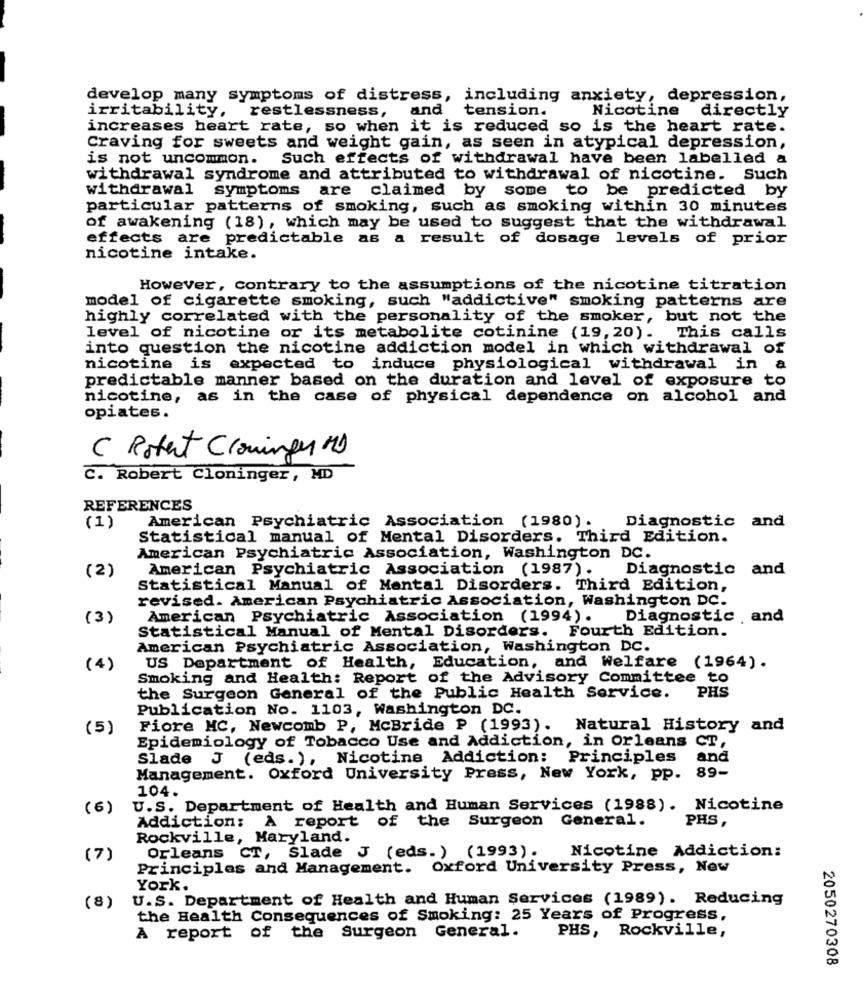
develop many symptoms of distress, including anxiety, depression,
Nicotine directly
irritability, restlessness, and tension.
increases heart rate, so when it is reduced so is the heart rate.
Craving for sweets and weight gain, as seen in atypical depression,
is not uncommon. Such effects of withdrawal have been labelled a
withdrawal syndrome and attributed to withdrawal of nicotine. Such
withdrawal symptoms are claimed by some to be predicted by
particular patterns of smoking, such as smoking within 30 minutes
of awakening (18) , which may be used to suggest that the withdrawal
effects are predictable as a result of dosage levels of prior
nicotine intake.
However, contrary to the assumptions of the nicotine titration
model of cigarette smoking, such "addictive" smoking patterns are
highly correlated with the personality of the smoker, but not the
level of nicotine or its metabolite cotinine (19, 20). This calls
into question the nicotine addiction model in which withdrawal of
nicotine is
expected to induce physiological withdrawal in a
predictable manner based on the duration and level of exposure to
nicotine, as in the case of physical dependence on alcohol and
opiates.
C Robert Clouingen MD
C. Robert Cloninger, MD
REFERENCES
American Psychiatric Association (1980).
(1)
Diagnostic and
Statistical manual of Mental Disorders. Third Edition.
American Psychiatric Association, Washington DC.
American Psychiatric Association (1987). Diagnostic and
(2)
Statistical Manual of Mental Disorders. Third Edition,
revised. American Psychiatric Association, Washington DC.
(3)
American Psychiatric Association (1994).
Diagnostic and
Statistical Manual of Mental Disorders. Fourth Edition.
American Psychiatric Association, Washington DC.
(4)
US Department of Health, Education, and Welfare (1964).
Smoking and Health: Report of the Advisory Committee to
the Surgeon General of the Public Health Service.
PHS
Publication No. 1103, Washington DC.
(5)
Fiore MC, Newcomb P, McBride P (1993). Natural History and
Epidemiology of Tobacco Use and Addiction, in Orleans CT,
Slade J (eds.), Nicotine Addiction: Principles
and
Management. Oxford University Press, New York, pp. 89-
104.
(6)
U.S. Department of Health and Human Services (1988). Nicotine
Addiction: A report of the Surgeon General.
PHS,
Rockville, Maryland.
Orleans CT, Slade J (eds.) (1993). Nicotine Addiction:
(7)
Principles and Management. Oxford University Press, New
York.
U.S. Department of Health and Human Services (1989). Reducing
(8)
the Health Consequences of Smoking: 25 Years of Progress,
PHS, Rockville,
A report of the Surgeon General.
2050270308